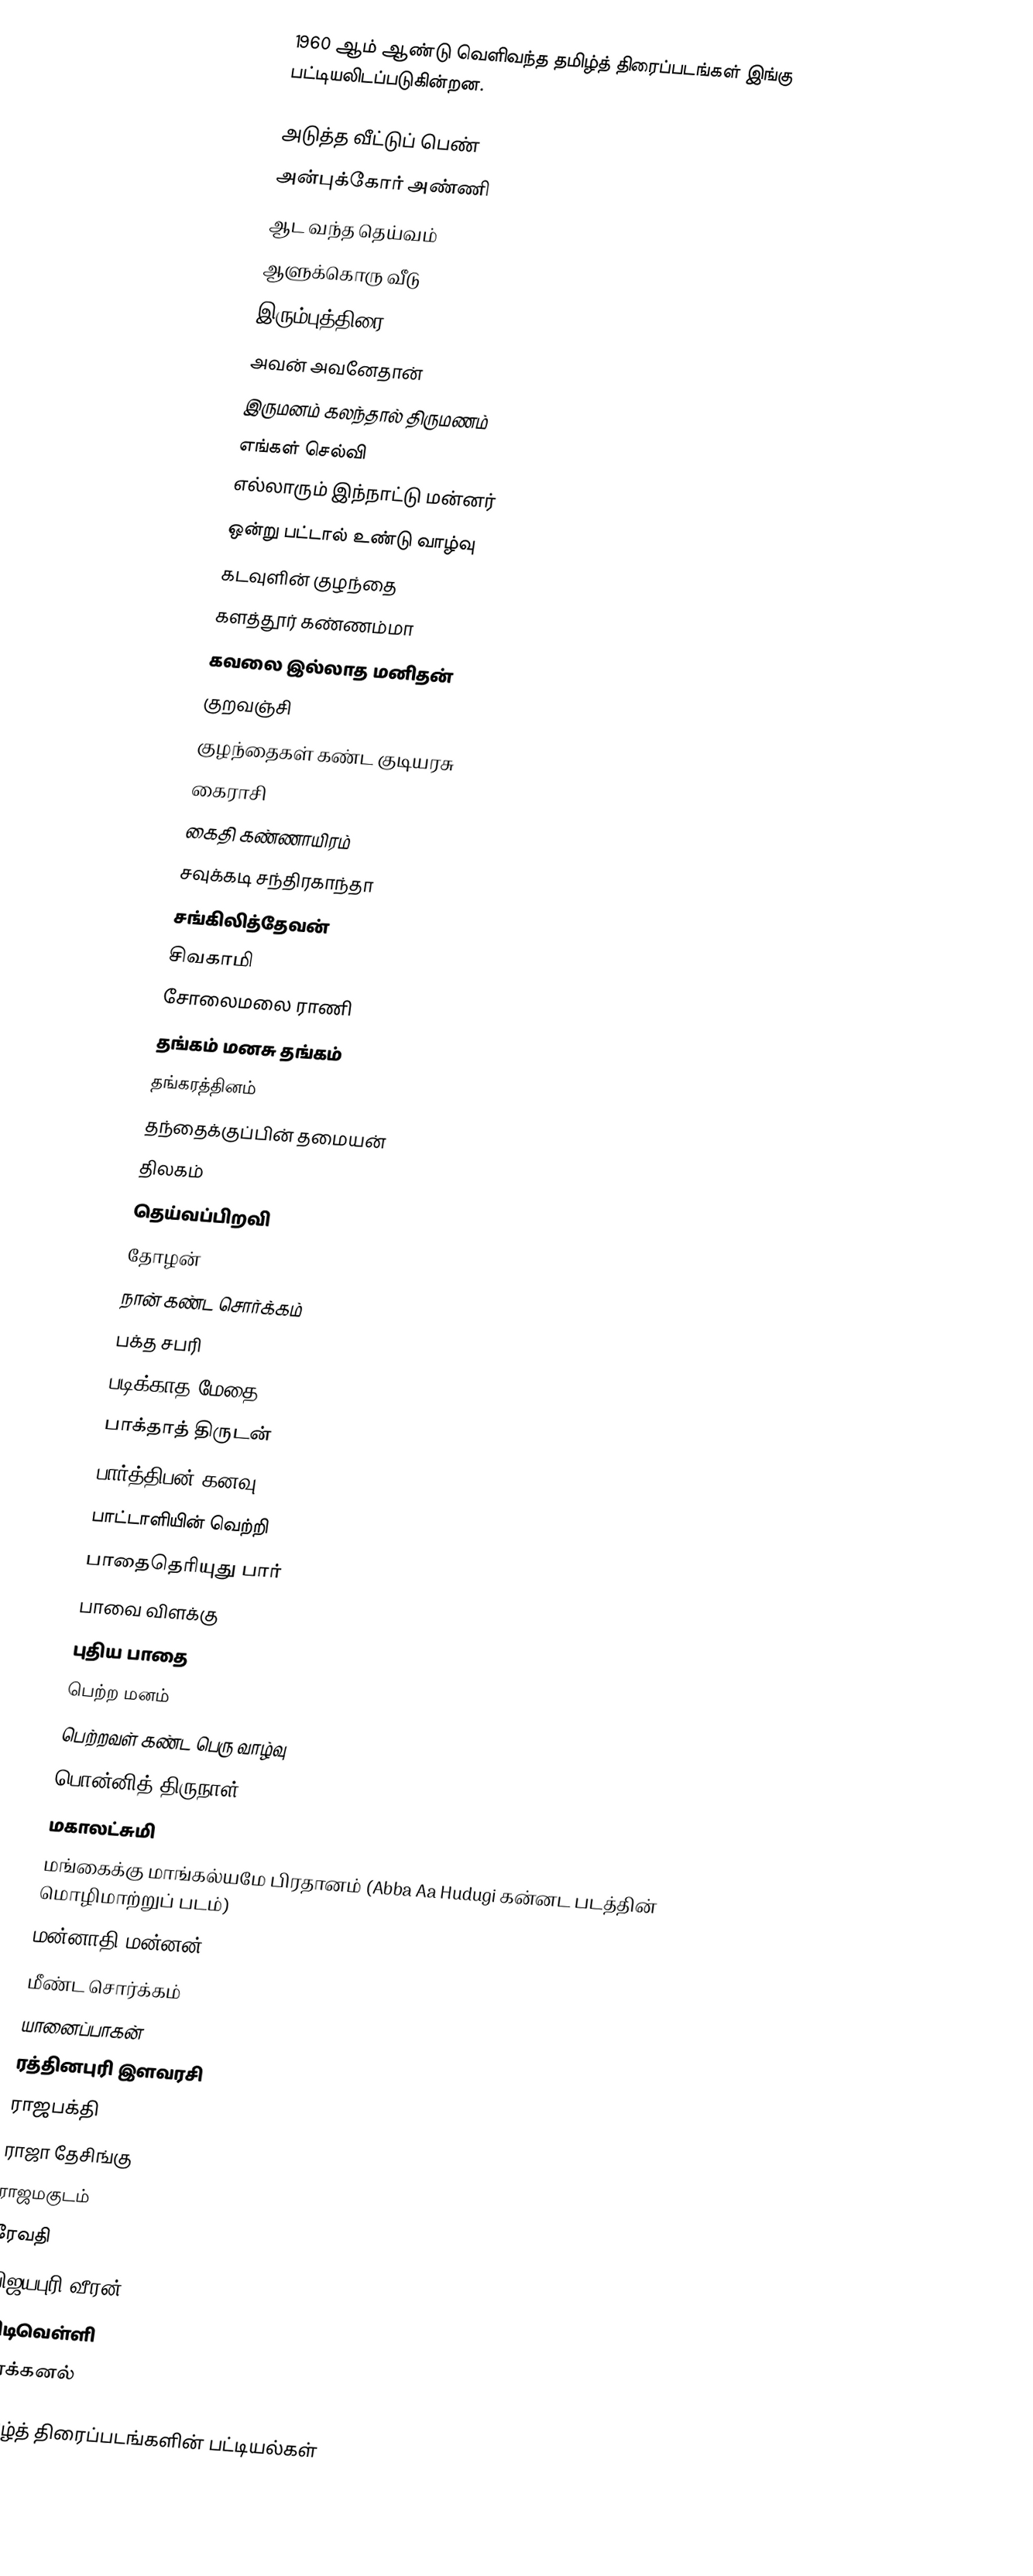
1960 ஆம் ஆண்டு வெளிவந்த தமிழ்த் திரைப்படங்கள் இங்கு பட்டியலிடப்படுகின்றன.

அடுத்த வீட்டுப் பெண்
அன்புக்கோர் அண்ணி
ஆட வந்த தெய்வம்
ஆளுக்கொரு வீடு
இரும்புத்திரை
அவன் அவனேதான்
இருமனம் கலந்தால் திருமணம்
எங்கள் செல்வி
எல்லாரும் இந்நாட்டு மன்னர்
ஒன்று பட்டால் உண்டு வாழ்வு
கடவுளின் குழந்தை
களத்தூர் கண்ணம்மா
கவலை இல்லாத மனிதன்
குறவஞ்சி
குழந்தைகள் கண்ட குடியரசு
கைராசி
கைதி கண்ணாயிரம்
சவுக்கடி சந்திரகாந்தா
சங்கிலித்தேவன்
சிவகாமி
சோலைமலை ராணி
தங்கம் மனசு தங்கம்
தங்கரத்தினம்
தந்தைக்குப்பின் தமையன்
திலகம்
தெய்வப்பிறவி
தோழன்
நான் கண்ட சொர்க்கம்
பக்த சபரி
படிக்காத மேதை
பாக்தாத் திருடன்
பார்த்திபன் கனவு
பாட்டாளியின் வெற்றி
பாதைதெரியுது பார்
பாவை விளக்கு
புதிய பாதை
பெற்ற மனம்
பெற்றவள் கண்ட பெரு வாழ்வு
பொன்னித் திருநாள்
மகாலட்சுமி
மங்கைக்கு மாங்கல்யமே பிரதானம் (Abba Aa Hudugi கன்னட படத்தின் மொழிமாற்றுப் படம்)
மன்னாதி மன்னன்
மீண்ட சொர்க்கம்
யானைப்பாகன்
ரத்தினபுரி இளவரசி
ராஜபக்தி
ராஜா தேசிங்கு
ராஜமகுடம்
ரேவதி
விஜயபுரி வீரன்
விடிவெள்ளி
வீரக்கனல்

தமிழ்த் திரைப்படங்களின் பட்டியல்கள்